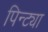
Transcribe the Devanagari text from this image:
पिन्ट्या